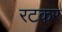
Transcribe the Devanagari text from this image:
रटकर